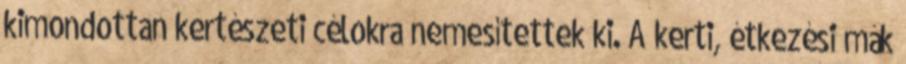
kimondottan kertészeti célokra nemesítettek ki. A kerti, étkezési mák